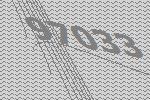
97033